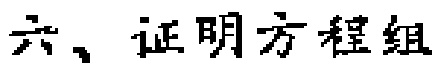
六、证明方程组